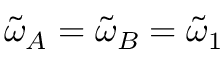
\tilde { \omega } _ { A } = \tilde { \omega } _ { B } = \tilde { \omega } _ { 1 }